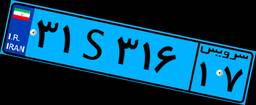
۳۱S۳۱۶۱۷